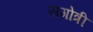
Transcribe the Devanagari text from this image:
सगोत्री